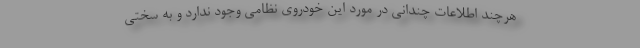
هرچند اطلاعات چندانی در مورد این خودروی نظامی وجود ندارد و به سختی